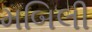
મબિલી